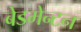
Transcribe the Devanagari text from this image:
बेडमेन्टन